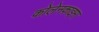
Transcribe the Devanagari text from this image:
कोलेनकाइमा